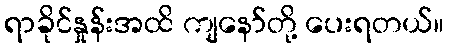
ရာခိုင်နှုန်းအထိ ကျနော်တို့ ပေးရတယ်။